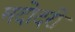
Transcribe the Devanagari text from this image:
मदोदरी